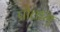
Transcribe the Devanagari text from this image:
प्रोक्तम्